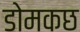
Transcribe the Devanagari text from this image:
डोमकछ